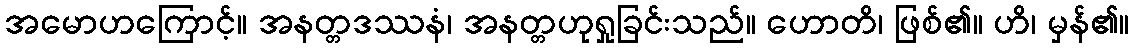
အမောဟကြောင့်။ အနတ္တဒဿနံ၊ အနတ္တဟုရှုခြင်းသည်။ ဟောတိ၊ ဖြစ်၏။ ဟိ၊ မှန်၏။